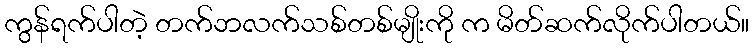
ကွန်ရက်ပါတဲ့ တက်ဘလက်သစ်တစ်မျိုးကို က မိတ်ဆက်လိုက်ပါတယ်။